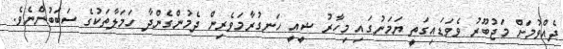
ދެއްވުމަށް މަޖުބޫރު ވެވަޑައިގަތީ ޔަމަނުގައި މިހާރު ޝީއީ ހަނގުރާމަވެރިން ދެމުންގެންދާ ހަމަލާތަކުގެ ސަބަބުންނެވެ.